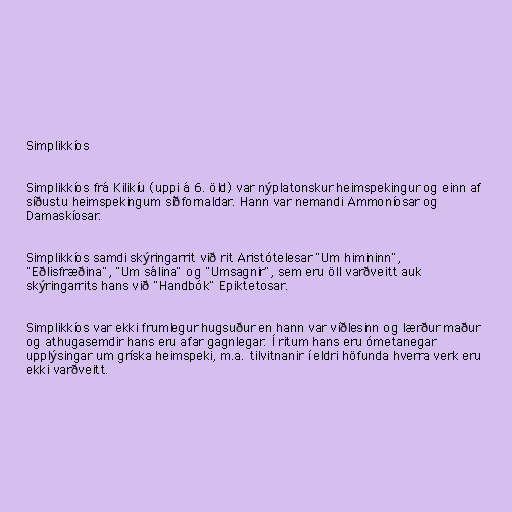
Simplikkíos

Simplikkíos frá Kilikíu (uppi á 6. öld) var nýplatonskur heimspekingur og einn af
síðustu heimspekingum síðfornaldar. Hann var nemandi Ammoníosar og
Damaskíosar.

Simplikkíos samdi skýringarrit við rit Aristótelesar "Um himininn",
"Eðlisfræðina", "Um sálina" og "Umsagnir", sem eru öll varðveitt auk
skýringarrits hans við "Handbók" Epiktetosar.

Simplikkíos var ekki frumlegur hugsuður en hann var víðlesinn og lærður maður
og athugasemdir hans eru afar gagnlegar. Í ritum hans eru ómetanegar
upplýsingar um gríska heimspeki, m.a. tilvitnanir í eldri höfunda hverra verk eru
ekki varðveitt.